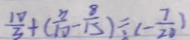
\frac { 1 0 } { 3 } + ( \frac { 3 } { 1 0 } - \frac { 8 } { 1 5 } ) \div ( - \frac { 7 } { 2 0 } )